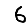
Digit: 6